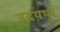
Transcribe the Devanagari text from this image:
उदयथूर